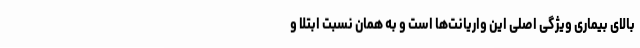
بالای بیماری ویژگی اصلی این واریانت‌ها است و به همان نسبت ابتلا و